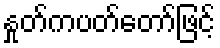
နှုတ်ကပတ်တော်ဖြင့်